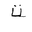
Letter: _ta